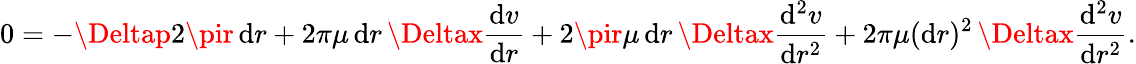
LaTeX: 0=-\Deltap2\pir\, \mathrm{d}r+2\pi\mu\, \mathrm{d}r\, \Deltax{\frac{{\mathrm{d}v}}{{\mathrm{d}r}}}+2\pir\mu\, \mathrm{d}r\, \Deltax{\frac{{\mathrm{d}^{2}v}}{{\mathrm{d}r^{2}}}}+2\pi\mu(\mathrm{d}r)^{2}\, \Deltax{\frac{{\mathrm{d}^{2}v}}{{\mathrm{d}r^{2}}}}.